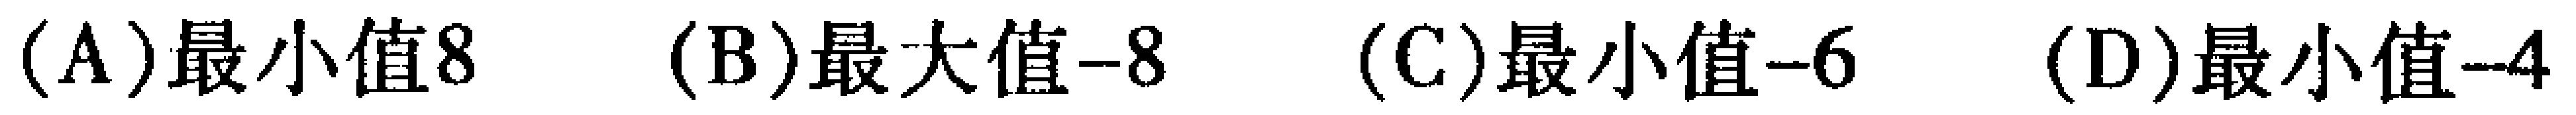
(A)最小值8  (B)最大值-8  (C)最小值-6  (D)最小值-4